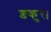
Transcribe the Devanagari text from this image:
शकुर।